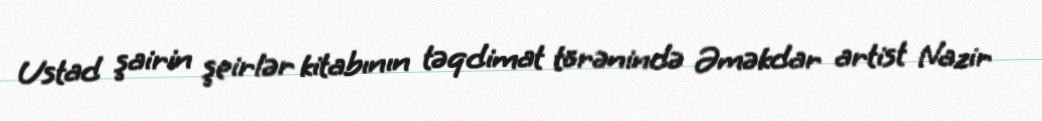
Ustad şairin şeirlər kitabının təqdimat törənində Əməkdar artist Nazir